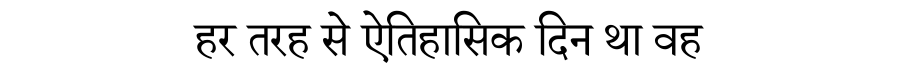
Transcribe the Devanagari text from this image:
हर तरह से ऐतिहासिक दिन था वह